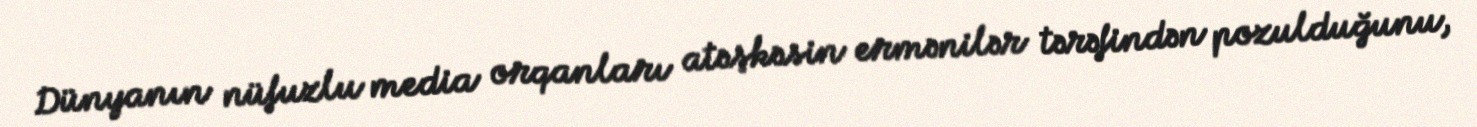
Dünyanın nüfuzlu media orqanları atəşkəsin ermənilər tərəfindən pozulduğunu,